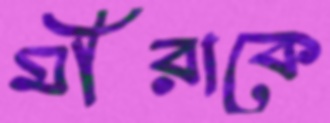
মীরাকে